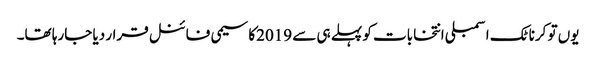
یوں تو کرناٹک اسمبلی انتخابات کو پہلے ہی سے 2019کا سیمی فائنل قرار دیا جارہا تھا۔